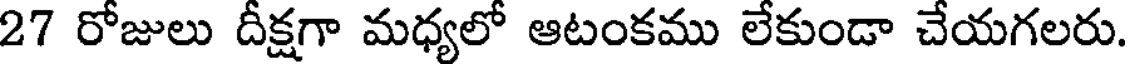
27 రోజులు దీక్షగా మధ్యలో ఆటంకము లేకుండా చేయగలరు